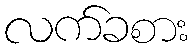
လက်ခစား